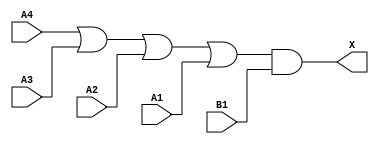
module sky130_fd_sc_hd__o41a_5 (
    X ,
    A1,
    A2,
    A3,
    A4,
    B1
);
    output X ;
    input  A1;
    input  A2;
    input  A3;
    input  A4;
    input  B1;
    wire or0_out   ;
    wire and0_out_X;
    or  or0  (or0_out   , A4, A3, A2, A1 );
    and and0 (and0_out_X, or0_out, B1    );
    buf buf0 (X         , and0_out_X     );
endmodule